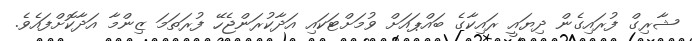
ޝާރިގް ފުރައިގެން ދިޔައީ ރައިކާގެ ބައްޕައަށް ވުމަށްޓަކައި އަދާކުރަންޖެހޭ ފުރަތަމަ ޒިންމާ އަދާކޮށްފައެވެ.